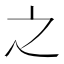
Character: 之